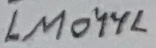
Text: LM044L